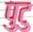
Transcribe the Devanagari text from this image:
पुटु